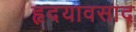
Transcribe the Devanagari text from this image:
हृदयावसाद